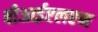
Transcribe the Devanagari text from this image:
बीआईएलएन